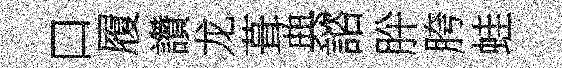
口履讚龙葺典諮肸胯蛙